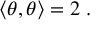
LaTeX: \left\langle \theta , \theta \right\rangle = 2 \; .